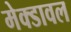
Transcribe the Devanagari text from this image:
मेक्डावल